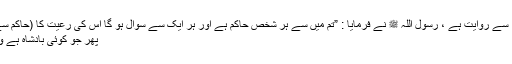
صحیح مسلم: 4724 --- سیدنا عبداللہ بن عمر ؓ سے روایت ہے ، رسول اللہ ﷺ نے فرمایا : ”تم میں سے ہر شخص حاکم ہے اور ہر ایک سے سوال ہو گا اس کی رعیت کا (حاکم سے مراد منتظم اور نگران کار اور محافظ ہے) ​
پھر جو کوئی بادشاہ ہے وہ لوگوں کا حاکم ہے اور اس سے سوال ہو گا ۔